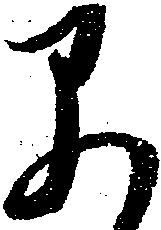
早